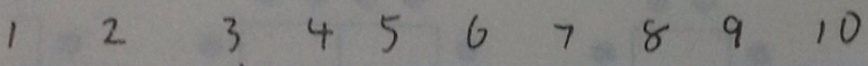
1 2 3 4 5 6 7 8 9 1 0